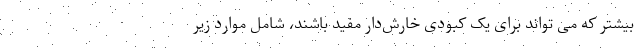
بیشتر که می تواند برای یک کبودی خارش‌دار مفید باشند، شامل موارد زیر